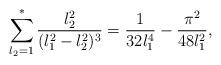
LaTeX: \begin{align*}\sum^*_{l_2=1} {l_2^2\over (l_1^2-l_2^2)^3}= {1\over 32 l_1^4} - {\pi^2\over 48 l_1^2},\end{align*}